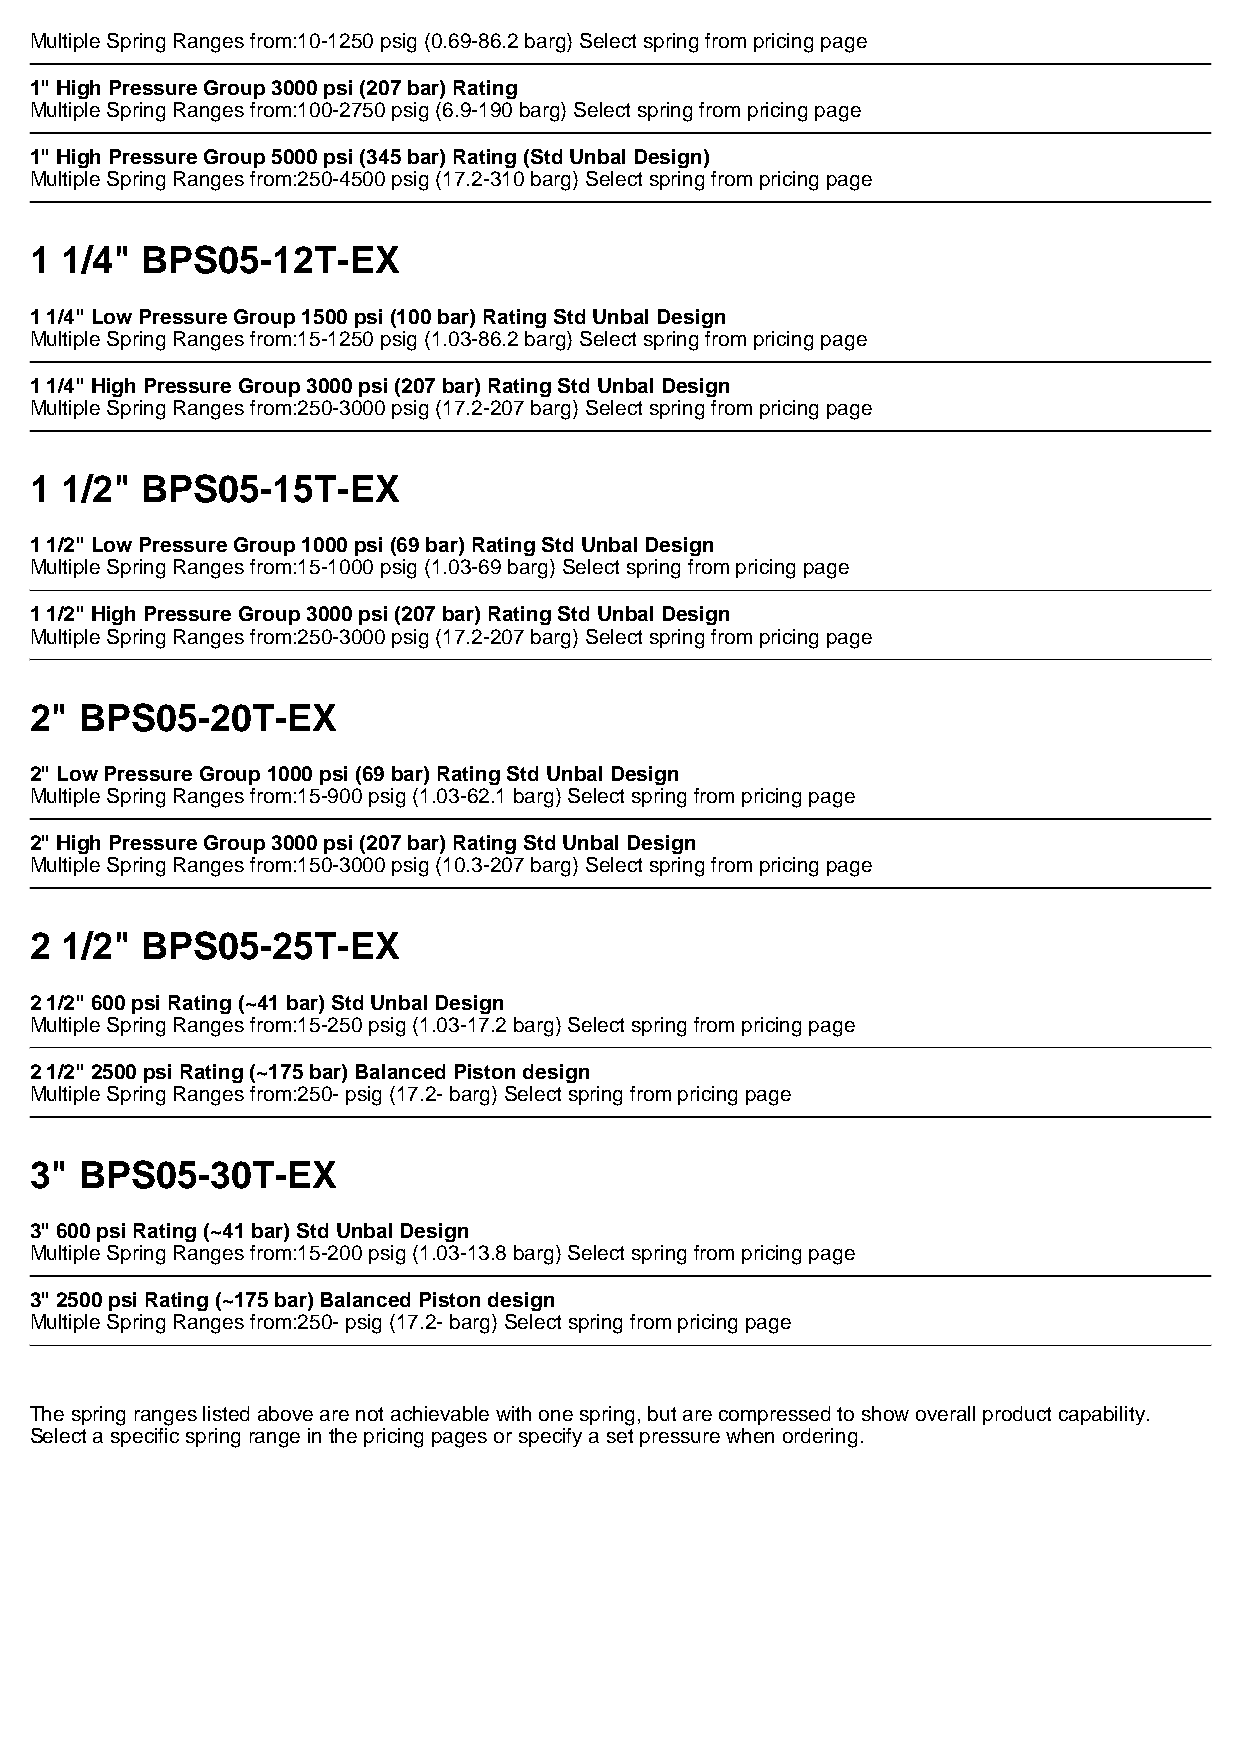
Multiple Spring Ranges from:10-1250 psig (0.69-86.2 barg) Select spring from pricing page
 1" High Pressure Group 3000 psi (207 bar) Rating
 Multiple Spring Ranges from:100-2750 psig (6.9-190 barg) Select spring from pricing page
 1" High Pressure Group 5000 psi (345 bar) Rating (Std Unbal Design)
 Multiple Spring Ranges from:250-4500 psig (17.2-310 barg) Select spring from pricing page
 1 1/4" BPS05-12T-EX
 1 1/4" Low Pressure Group 1500 psi (100 bar) Rating Std Unbal Design
 Multiple Spring Ranges from:15-1250 psig (1.03-86.2 barg) Select spring from pricing page
 1 1/4" High Pressure Group 3000 psi (207 bar) Rating Std Unbal Design
 Multiple Spring Ranges from:250-3000 psig (17.2-207 barg) Select spring from pricing page
 1 1/2" BPS05-15T-EX
 1 1/2" Low Pressure Group 1000 psi (69 bar) Rating Std Unbal Design
 Multiple Spring Ranges from:15-1000 psig (1.03-69 barg) Select spring from pricing page
 1 1/2" High Pressure Group 3000 psi (207 bar) Rating Std Unbal Design
 Multiple Spring Ranges from:250-3000 psig (17.2-207 barg) Select spring from pricing page
 2" BPS05-20T-EX
 2" Low Pressure Group 1000 psi (69 bar) Rating Std Unbal Design
 Multiple Spring Ranges from:15-900 psig (1.03-62.1 barg) Select spring from pricing page
 2" High Pressure Group 3000 psi (207 bar) Rating Std Unbal Design
 Multiple Spring Ranges from:150-3000 psig (10.3-207 barg) Select spring from pricing page
 2 1/2" BPS05-25T-EX
 2 1/2" 600 psi Rating (~41 bar) Std Unbal Design
 Multiple Spring Ranges from:15-250 psig (1.03-17.2 barg) Select spring from pricing page
 2 1/2" 2500 psi Rating (~175 bar) Balanced Piston design
 Multiple Spring Ranges from:250- psig (17.2- barg) Select spring from pricing page
 3" BPS05-30T-EX
 3" 600 psi Rating (~41 bar) Std Unbal Design
 Multiple Spring Ranges from:15-200 psig (1.03-13.8 barg) Select spring from pricing page
 3" 2500 psi Rating (~175 bar) Balanced Piston design
 Multiple Spring Ranges from:250- psig (17.2- barg) Select spring from pricing page
 The spring ranges listed above are not achievable with one spring, but are compressed to show overall product capability.
 Select a specific spring range in the pricing pages or specify a set pressure when ordering.
 Powered by TCPDF (www.tcpdf.org)